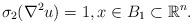
LaTeX: \begin{align*}\sigma_{2}(\nabla^{2}u)=1,x\in B_{1}\subset \mathbb R^n.\end{align*}